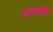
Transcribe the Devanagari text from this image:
प्रणवादि